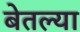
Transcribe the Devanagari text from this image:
बेतल्या